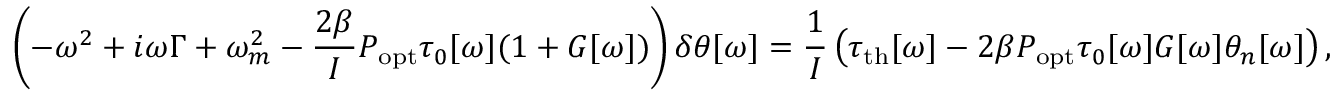
\left( - \omega ^ { 2 } + i \omega \Gamma + \omega _ { m } ^ { 2 } - \frac { 2 \beta } { I } P _ { \mathrm { o p t } } \tau _ { 0 } [ \omega ] ( 1 + G [ \omega ] ) \right) \delta \theta [ \omega ] = \frac { 1 } { I } \left( \tau _ { \mathrm { { t h } } } [ \omega ] - 2 \beta P _ { \mathrm { o p t } } \tau _ { 0 } [ \omega ] G [ \omega ] \theta _ { n } [ \omega ] \right) ,